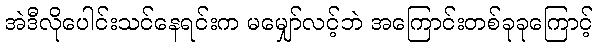
အဲဒီလိုပေါင်းသင်နေရင်းက မမျှော်လင့်ဘဲ အကြောင်းတစ်ခုခုကြောင့်